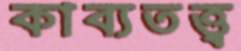
কাব্যতত্ত্ব